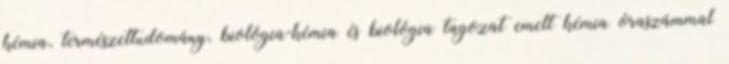
kémia, természettudomány, biológia-kémia és biológia tagozat emelt kémia óraszámmal